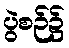
ပွဲစဉ်၌